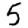
Digit: 5